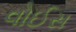
વોઈસ